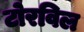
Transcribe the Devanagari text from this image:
टोरविल